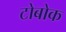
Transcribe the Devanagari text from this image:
टोबोक